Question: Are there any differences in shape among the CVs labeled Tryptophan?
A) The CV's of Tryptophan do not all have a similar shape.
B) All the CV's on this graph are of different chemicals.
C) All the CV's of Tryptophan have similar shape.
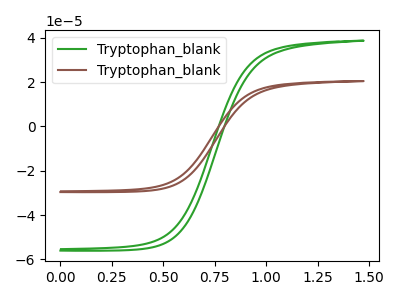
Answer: <think>The green curve "Tryptophan_blank1" has no peaks. The brown curve "Tryptophan_blank2" has no peaks.
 Neither "Tryptophan_blank1" or "Tryptophan_blank2" have any peaks.</think>
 <answer>C) All the CV's of "Tryptophan" have similar shape.</answer>
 <eval>C</eval>